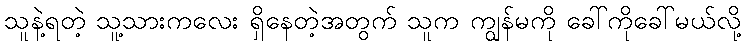
သူနဲ့ရတဲ့ သူ့သားကလေး ရှိနေတဲ့အတွက် သူက ကျွန်မကို ခေါ်ကိုခေါ်မယ်လို့